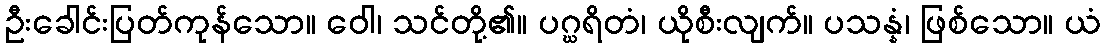
ဦးခေါင်းပြတ်ကုန်သော။ ဝေါ၊ သင်တို့၏။ ပဂ္ဃရိတံ၊ ယိုစီးလျက်။ ပသန္နံ၊ ဖြစ်သော။ ယံ